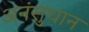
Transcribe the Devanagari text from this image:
अनंसुधान